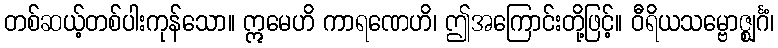
တစ်ဆယ့်တစ်ပါးကုန်သော။ ဣမေဟိ ကာရဏေဟိ၊ ဤအကြောင်းတို့ဖြင့်။ ဝီရိယသမ္ဗောဇ္ဈင်္ဂံ၊